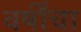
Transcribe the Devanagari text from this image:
वर्षींचा